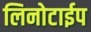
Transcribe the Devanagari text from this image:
लिनोटाईप